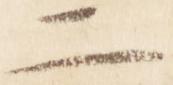
二